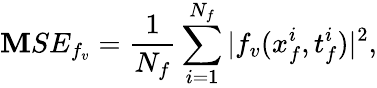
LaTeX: \mathbf{M}SE_{f_{v}}=\frac{{1}}{{N_{f}}}\sum_{i=1}^{N_{f}}|f_{v}(x_{f}^{i},t_{f}^{i})|^{2},